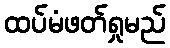
ထပ်မံဖတ်ရှုမည်